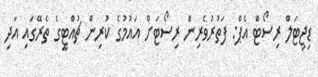
ޑިޖިޓަލް ރިސޯޓް އެޕް: ފަތުރުވެރިން ރިސޯޓަށް އައުމުގެ ކުރިން ޗުއްޓީގެ ތެރޭގައި އަދި